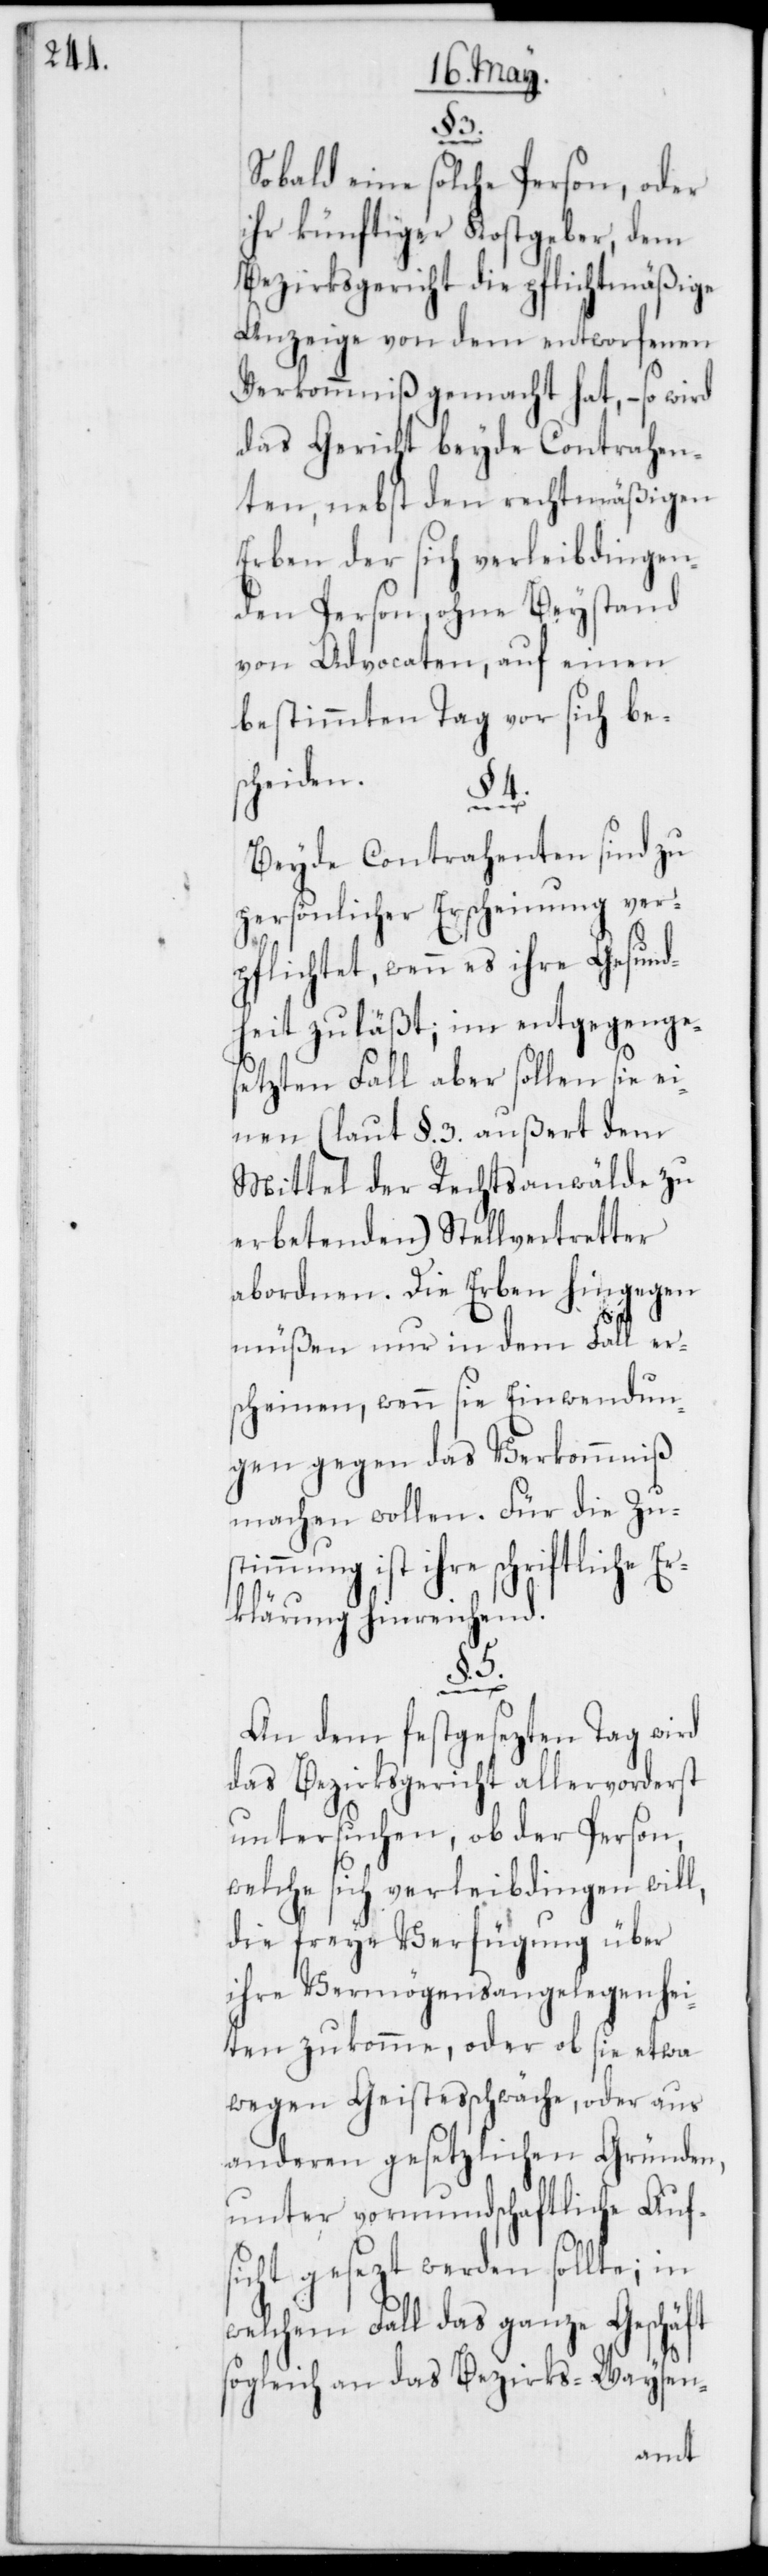
§. 3.
Sobald eine solche Person, oder
ihr künftiger Kostgeber, dem
Bezirksgericht die pflichtmäßige
Anzeige von dem entworfenen
Verkommniß gemacht hat, – so wird
das Gericht beyde Contrahen¬
ten, nebst den rechtmäßigen
Erben der sich verleibdingen¬
den Person, ohne Beystand
von Advocaten, auf einen
bestimmten Tag vor sich be¬
scheiden.
§.
Beyde Contrahenten sind zu
persönlicher Erscheinung ver¬
pflichtet, wenn es ihre Gesund¬
heit zuläßt; im entgegenges¬
etzten Fall aber sollen sie ei¬
nen (laut §. 3. außert dem
Mittel der Rechtsanwälde zu
erbetenden) Stellvertreter
abordnen. Die Erben hingegen
müßen nur in dem Fall er¬
scheinen, wenn sie Einwendun¬
gen gegen das Verkommniß
machen wollen. Für die Zus¬
timmung ist ihre schriftliche E¬
rklärung hinreichend.
ft
An dem festgesezten Tag wird
das Bezirksgericht allervorderst
untersuchen, ob der Person,
welche sich verleibdingen will,
die freye Verfügung über
ihre Vermögensangelegenhei¬
ten zukomme, oder ob sie etwa
wegen Geistesschwäche oder aus
anderen gesetzlichen Gründen,
unter vormundschaftliche Auf¬
sicht gesezt werden sollte; in
welchem Fall das ganze Geschä¬
sogleich an das Bezirks-Waysen-